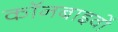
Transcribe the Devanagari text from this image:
कॉनबाइवों